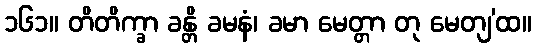
၁၆၁။ တိတိက္ခာ ခန္တိ ခမနံ၊ ခမာ မေတ္တာ တု မေတျ’ထ။